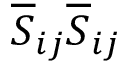
\overline { { S } } _ { i j } \overline { { S } } _ { i j }